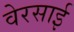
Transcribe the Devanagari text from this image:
वेरसाई